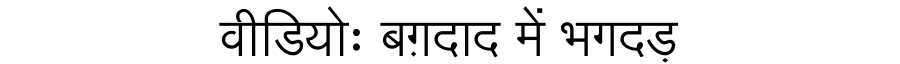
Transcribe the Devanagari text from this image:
वीडियोः बग़दाद में भगदड़